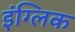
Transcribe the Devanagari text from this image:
इंग्लिक